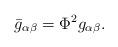
LaTeX: \begin{align*}\bar{g}_{\alpha \beta }=\Phi ^{2}g_{\alpha \beta }.\end{align*}